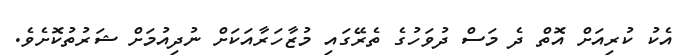
އެކު ކުރިއަށް އޮތް ދެ މަސް ދުވަހުގެ ތެރޭގައި މުޒާހަރާއަކަށް ނުދިއުމަށް ޝަރުތުކޮށެވެ.